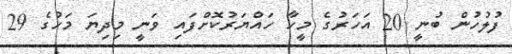
ފުލުހުން ބުނީ 20 އަހަރުގެ މީހާ ހައްޔަރުކޮށްފައި ވަނީ މިދިޔަ މަހުގެ 29